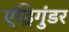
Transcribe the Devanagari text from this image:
एंड्रिगुंडर